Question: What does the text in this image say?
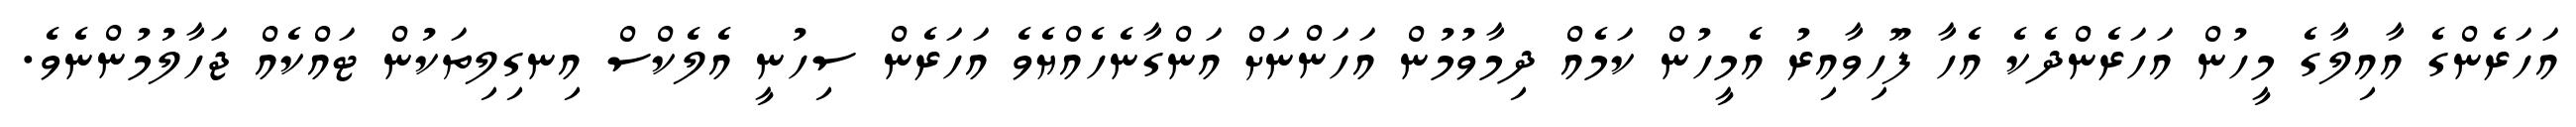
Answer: އަހަރެންގެ އާއިލާގެ މީހުން އަހަރެންދެކެ އެހާ ފޫހިވާއިރު އެމީހުން ކަމެއް ދިމާވުމުން އަހަންނަށް އަންގާނެހެއްޔެވެ އަހަރެން ސިހުނީ އެލެކްސް އިނގިލިތަކުން ޓައްކެއް ޖަހާލުމުންނެވެ.